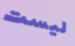
ليست